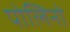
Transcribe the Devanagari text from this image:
पोलिनो